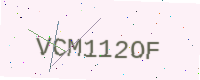
Text: VCM112OF